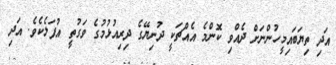
އަދި ތިޔަބައިމީހުންނަށް ދެއްވި ކޮންމެ އެއްޗަކީ ދުނިޔޭގެ ދިރިއުޅުމުގެ ވަގުތީ އުފަލެކެވެ. އަދި